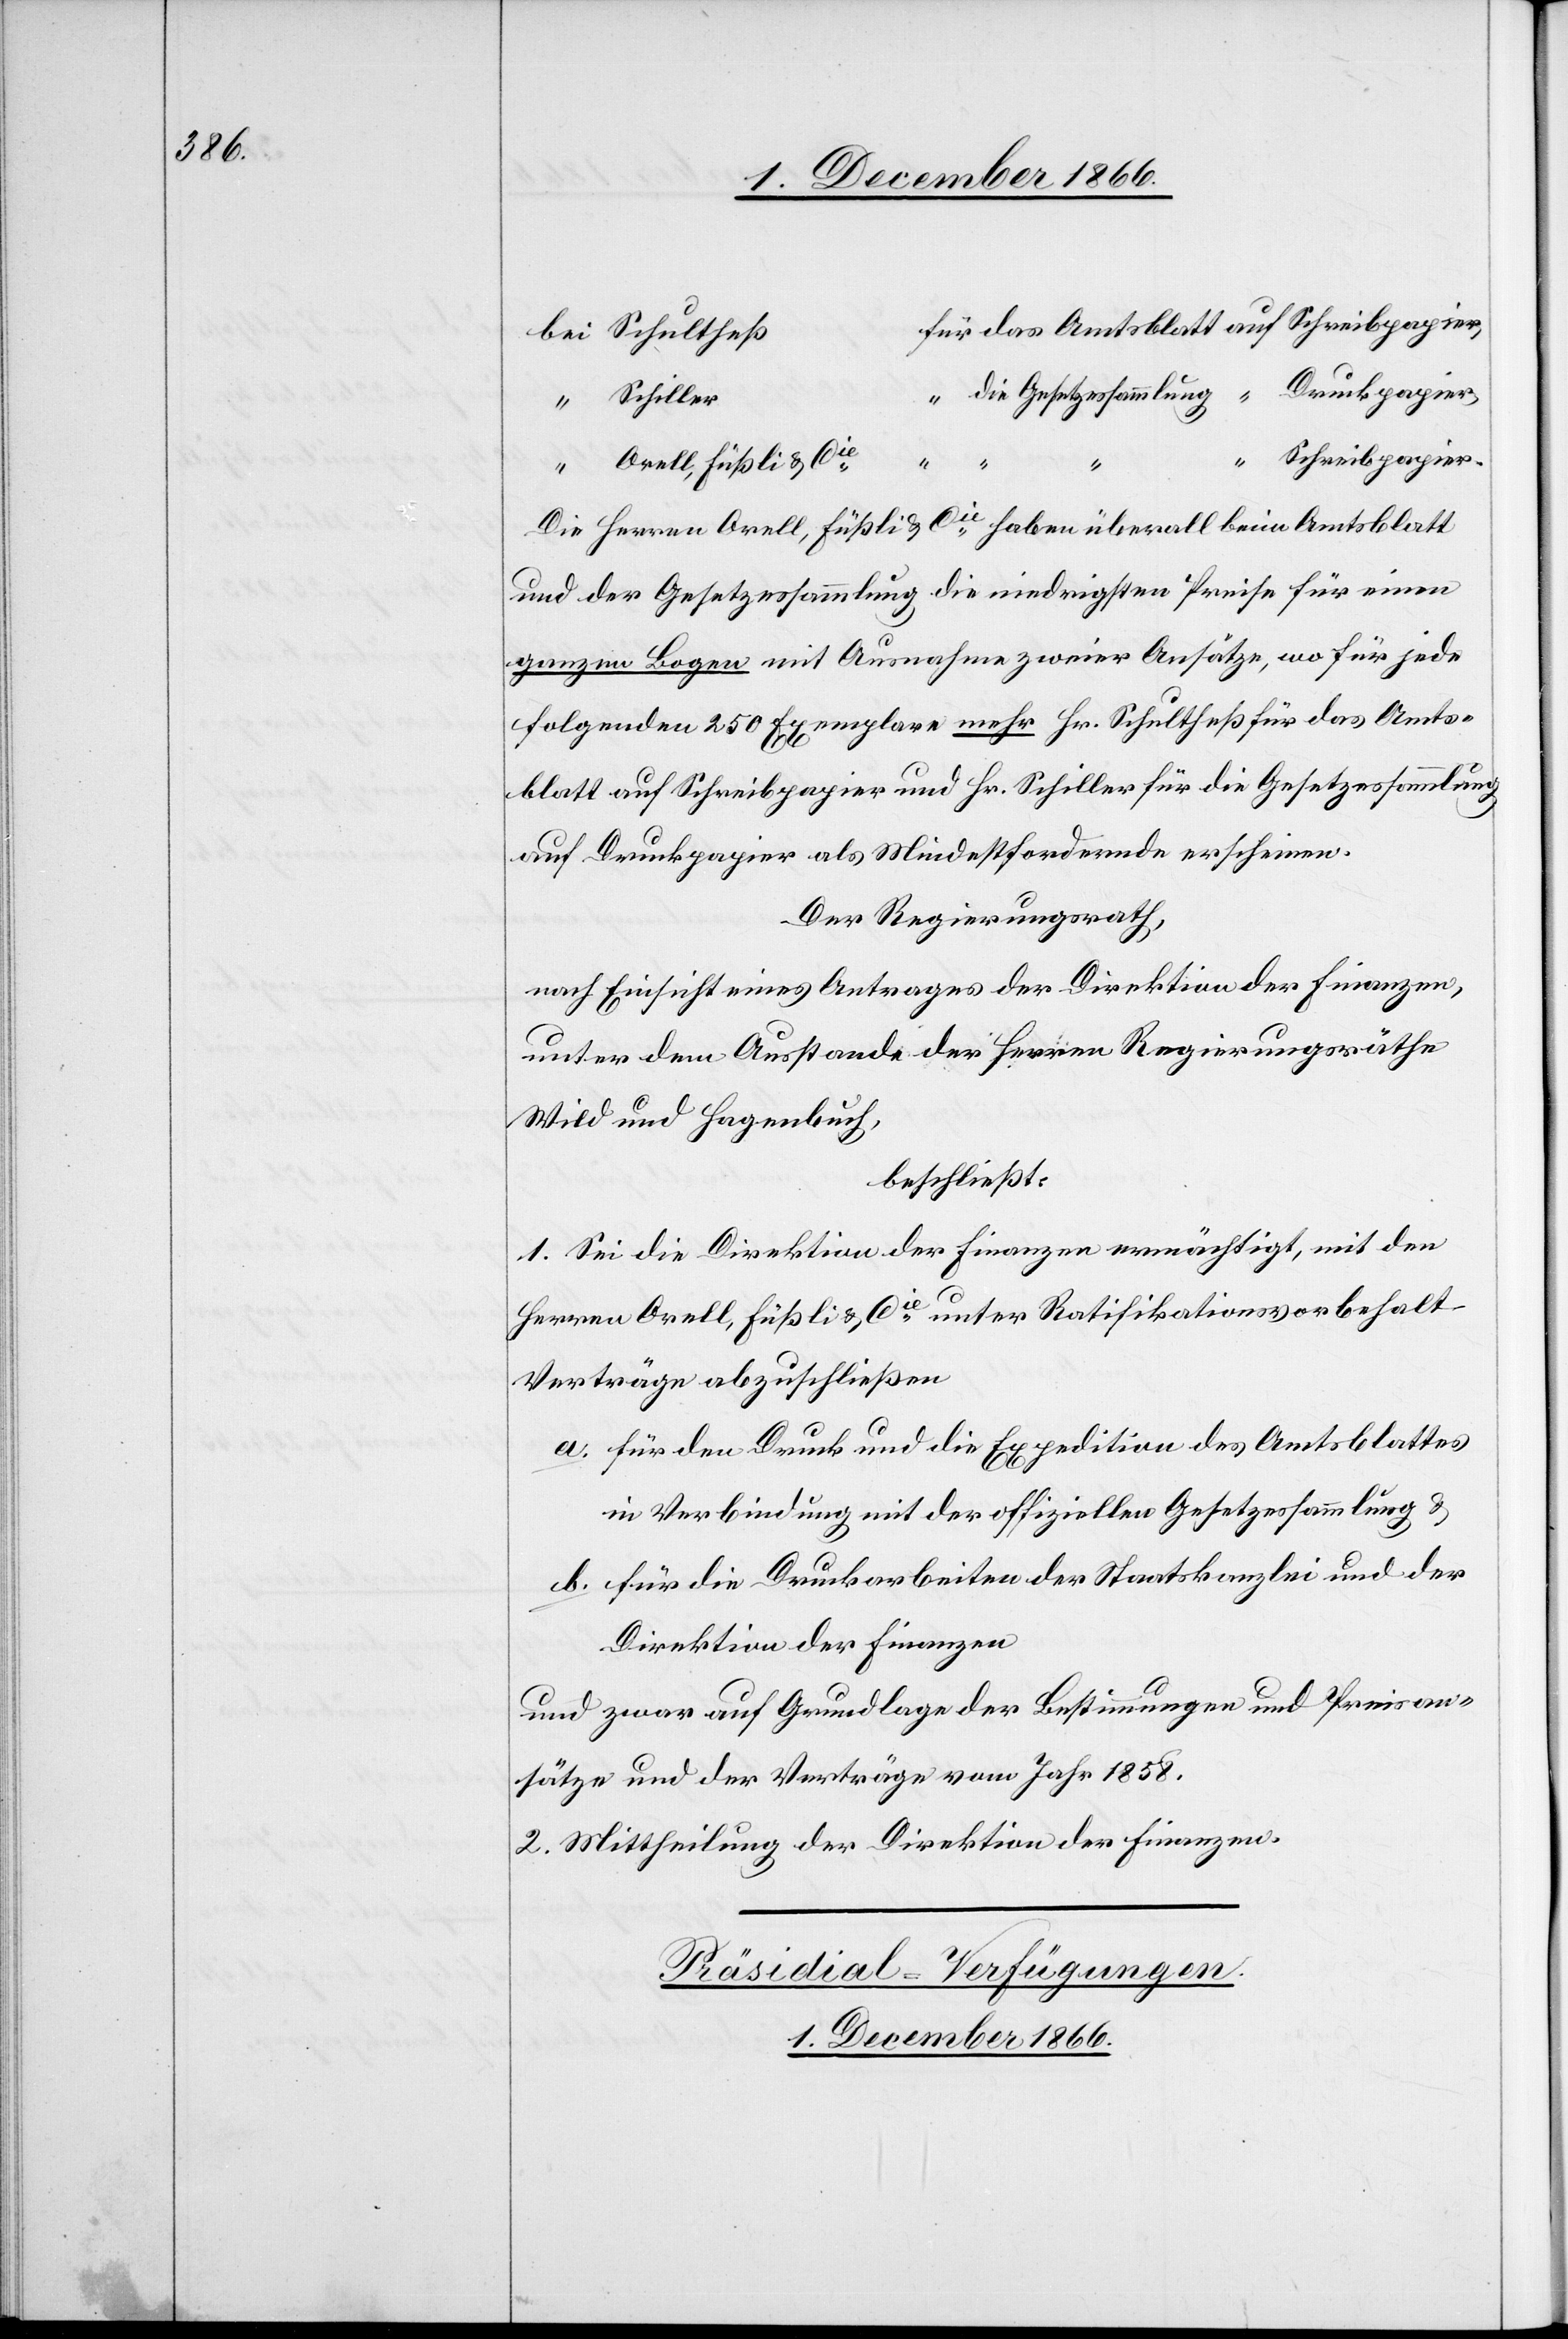
ür das Amtsblatt auf Schreibpapier,
bei Schultheß	f¬
Druckpapier,
“ die Gesetzessammlung
“ Schiller
Schreibpapier.
“ Orell, Füßli & Cie.
Die Herren Orell, Füßli & Cie haben überall beim Amtsblatt
und der Gesetzessammlung die niedrigsten Preise für einen
ganzen Bogen mit Ausnahme zweier Ansätze, wo für jede
folgenden 250 Exemplare mehr Hr. Schultheß für das Amts¬
blatt auf Schreibpapier und Hr. Schiller für die Gesetzessammlung
auf Druckpapier als Mindestfordernde erscheinen.
Der Regierungsrath,
nach Einsicht eines Antrages der Direktion der Finanzen,
unter dem Ausstande der Herren Regierungsräthe
Wild und Hagenbuch,
beschließt:
1. Sei die Direktion der Finanzen ermächtigt, mit den
Herren Orell, Füßli & Cie. unter Ratifikationsvorbehalt
Verträge abzuschließen
a. für den Druck und die Expedition des Amtsblattes
in Verbindung mit der offiziellen Gesetzessammlung &
b. für die Druckarbeiten der Staatskanzlei und der
Direktion der Finanzen
und zwar auf Grundlage der Bestimmungen und Preisan¬
sätze und der Verträge vom Jahr 1858.
2. Mittheilung der Direktion der Finanzen.
Präsidial-Verfügungen.
1. Dezember 1866.